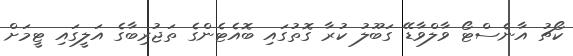
ކޯޗު އާނެސްޓޯ ވާލްވާޑޭ ގަބޫލު ކުރާ ގޮތުގައި ބޮއެޓެންގެ ތަޖުރިބާގެ އަލީގައި ޓީމަށް